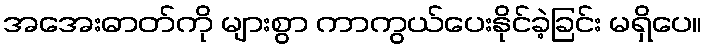
အအေးဓာတ်ကို များစွာ ကာကွယ်ပေးနိုင်ခဲ့ခြင်း မရှိပေ။